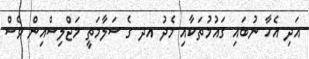
އަދި އެހާ ނުބައި ގައުމުތަކާއި މެދު އދ ގެ ސަލާމަތީ މަޖްލިސްއިން ވެސް